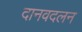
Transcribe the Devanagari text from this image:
दानवदलन